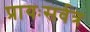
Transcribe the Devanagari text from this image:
प्रायःसर्वत्र